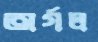
অর্গল